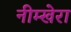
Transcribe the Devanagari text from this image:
नीम्खेरा